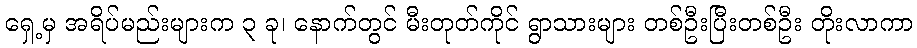
ရှေ့မှ အရိပ်မည်းများက ၃ ခု၊ နောက်တွင် မီးတုတ်ကိုင် ရွာသားများ တစ်ဦးပြီးတစ်ဦး တိုးလာကာ